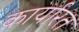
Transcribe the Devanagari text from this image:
कार्यारत